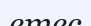
етес